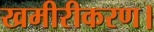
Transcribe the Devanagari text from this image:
खमीरीकरण।